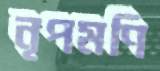
নৃপমণি